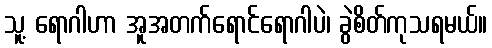
သူ့ ရောဂါဟာ အူအတက်ရောင်ရောဂါပဲ၊ ခွဲစိတ်ကုသရမယ်။